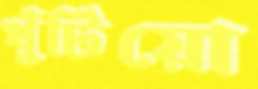
খুঁটিয়ো